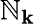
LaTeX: \mathbb{N}_{\mathbf{{k}}}